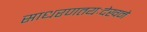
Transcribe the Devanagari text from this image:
साधरणतयःदेखने